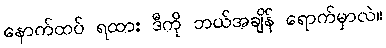
နောက်ထပ် ရထား ဒီကို ဘယ်အချိန် ရောက်မှာလဲ။